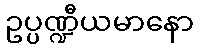
ဥပ္ပဏ္ဍီယမာနော